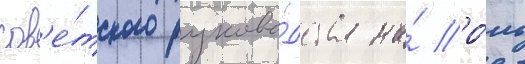
сов'е́тского руково́дства на́ ро́ль